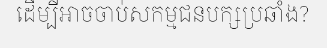
ដើម្បីអាចចាប់សកម្មជនបក្សប្រឆាំង?